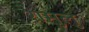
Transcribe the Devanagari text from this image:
रामुलु